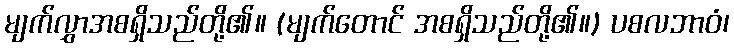
မျက်လွှာအစရှိသည်တို့၏။ (မျက်တောင် အစရှိသည်တို့၏။) ပစလဘာဝံ၊